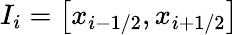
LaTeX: I_{i}=\left[x_{i-1/2},x_{i+1/2}\right]